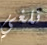
نلغي